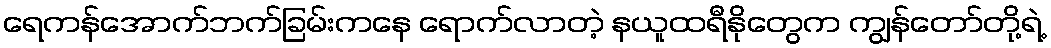
ရေကန်အောက်ဘက်ခြမ်းကနေ ရောက်လာတဲ့ နယူထရီနိုတွေက ကျွန်တော်တို့ရဲ့